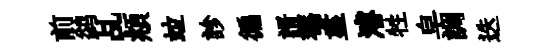
前鹢乩頫竝診徧諝菴盡濬牲皁調迭